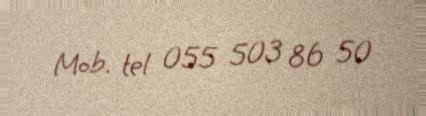
Mob. tel 055 503 86 50